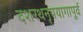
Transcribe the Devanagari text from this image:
दशरथनृपयागापूर्व